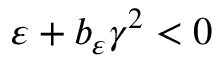
\varepsilon + b _ { \varepsilon } \gamma ^ { 2 } < 0